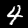
Label: 4